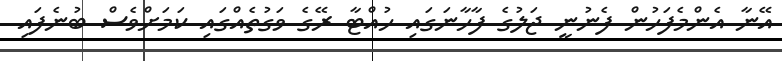
އޭނާ އެންމެފަހުން ފެނުނީ ޖަލުގެ ފާހާނަގައި ހުއްޓާ ރޭގެ ވަގުތެއްގައި ކަމަށްވެސް ބުނެފައި